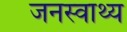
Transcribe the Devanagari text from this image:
जनस्वाथ्य